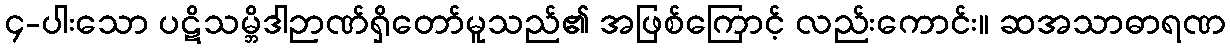
၄-ပါးသော ပဋိသမ္ဘိဒါဉာဏ်ရှိတော်မူသည်၏ အဖြစ်ကြောင့် လည်းကောင်း။ ဆအသာဓာရဏ